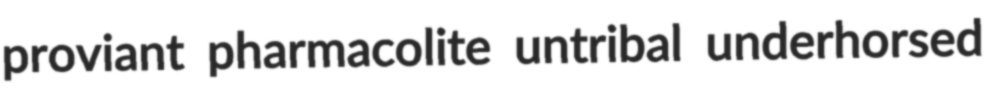
proviant pharmacolite untribal underhorsed